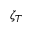
\zeta _ { T }